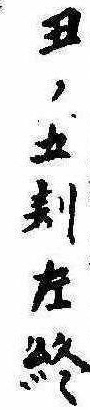
丑ノ五刻左終